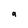
Character: 9